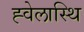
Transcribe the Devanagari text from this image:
ह्वेलास्थि